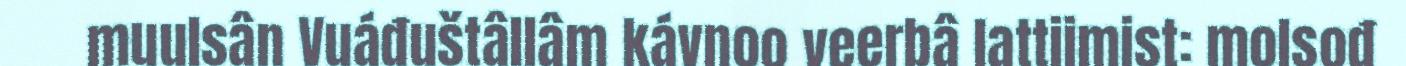
muulsân Vuáđuštâllâm kávnoo veerbâ lattiimist: molsođ